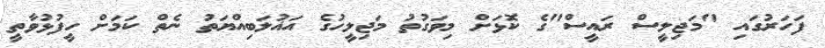
ފަހަރުގައި "މަޖިލީސް ރައީސް"ގެ ކޮޅަށް މިވަގުތު މަޖިލީހުގެ އަޣުލަބިއްޔަތު ނެތް ކަމަށް ހީފުޅުވާތީ